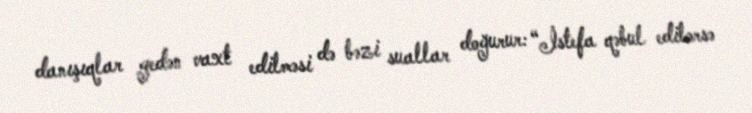
danışıqlar gedən vaxt edilməsi də bəzi suallar doğurur: “İstefa qəbul edilərsə